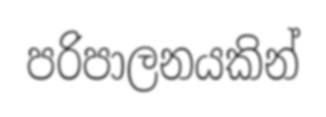
පරිපාලනයකින්